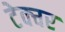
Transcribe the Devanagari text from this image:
टेक्चर